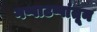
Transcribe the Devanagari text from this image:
गप्पाटप्पांतून